Report of veterinary surgeon J.H. Steel, A.V.D., on his investigation into an obscure and fatal disease among transport mules in British Burma
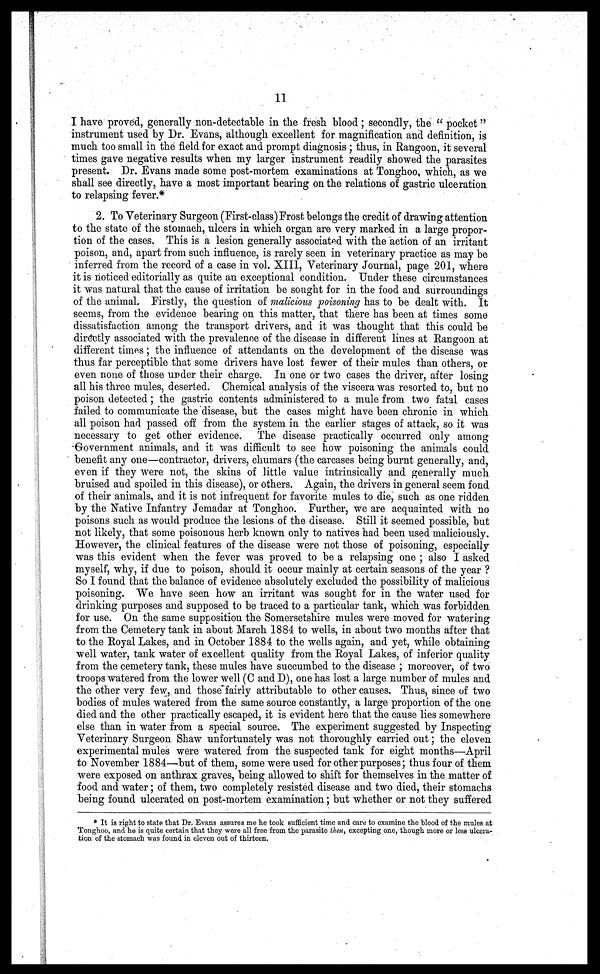
11
I have proved, generally non-detectable in the fresh blood; secondly, the " pocket"
instrument used by Dr. Evans, although excellent for magnification and definition, is
much too small in the field for exact and prompt diagnosis ; thus, in Rangoon, it several
times gave negative results when my larger instrument readily showed the parasites
present. Dr. Evans made some post-mortem examinations at Tonghoo, which, as we
shall see directly, have a most important bearing on the relations of gastric ulceration
to relapsing fever.*
2. To Veterinary Surgeon (First-class)Frost belongs the credit of drawing attention
to the state of the stomach, ulcers in which organ are very marked in a large propor-
tion of the cases. This is a lesion generally associated with the action of an irritant
poison, and, apart from such influence, is rarely seen in veterinary practice as may be
inferred from the record of a case in vol. XIII, Veterinary Journal, page 201, where
it is noticed editorially as quite an exceptional condition. Under these circumstances
it was natural that the cause of irritation be sought for in the food and surroundings
of the animal. Firstly, the question of malicious poisoning has to be dealt with. It
seems, from the evidence bearing on this matter, that there has been at times some
dissatisfaction among the transport drivers, and it was thought that this could be
directly associated with the prevalence of the disease in different lines at Rangoon at
different times; the influence of attendants on the development of the disease was
thus far perceptible that some drivers have lost fewer of their mules than others, or
even none of those under their charge. In one or two cases the driver, after losing
all his three mules, deserted. Chemical analysis of the viscera was resorted to, but no
poison detected ; the gastric contents administered to a mule from two fatal cases
failed to communicate the disease, but the cases might have been chronic in which
all poison had passed off from the system in the earlier stages of attack, so it was
necessary to get other evidence. The disease practically occurred only among
Government animals, and it was difficult to see how poisoning the animals could
benefit any one—contractor, drivers, chumars (the carcases being burnt generally, and,
even if they were not, the skins of little value intrinsically and generally much
bruised and spoiled in this disease), or others. Again, the drivers in general seem fond
of their animals, and it is not infrequent for favorite mules to die, such as one ridden
by the Native Infantry Jemadar at Tonghoo. Further, we are acquainted with no
poisons such as would produce the lesions of the disease. Still it seemed possible, but
not likely, that some poisonous herb known only to natives had been used maliciously.
However, the clinical features of the disease were not those of poisoning, especially
was this evident when the fever was proved to be a relapsing one ; also I asked
myself, why, if due to poison, should it occur mainly at certain seasons of the year ?
So I found that the balance of evidence absolutely excluded the possibility of malicious
poisoning. We have seen how an irritant was sought for in the water used for
drinking purposes and supposed to be traced to a particular tank, which was forbidden
for use. On the same supposition the Somersetshire mules were moved for watering
from the Cemetery tank in about March 1884 to wells, in about two months after that
to the Royal Lakes, and in October 1884 to the wells again, and yet, while obtaining
well water, tank water of excellent quality from the Royal Lakes, of inferior quality
from the cemetery tank, these mules have succumbed to the disease ; moreover, of two
troops watered from the lower well (C and D), one has lost a large number of mules and
the other very few, and those fairly attributable to other causes. Thus, since of two
bodies of mules watered from the same source constantly, a large proportion of the one
died and the other practically escaped, it is evident here that the cause lies somewhere
else than in water from a special source. The experiment suggested by Inspecting
Veterinary Surgeon Shaw unfortunately was not thoroughly carried out; the eleven
experimental mules were watered from the suspected tank for eight months—April
to November 1884—but of them, some were used for other purposes; thus four of them
were exposed on anthrax graves, being allowed to shift for themselves in the matter of
food and water ; of them, two completely resisted disease and two died, their stomachs
being found ulcerated on post-mortem examination ; but whether or not they suffered
* It is right to state that Dr. Evans assures me he took sufficient time and care to examine the bood of the mules at
Tonghoo, and he is quite certain that they were all free from the parasite then, excepting one, though more or less ulcera-
tion of the stomach was found in eleven out of thirteen.